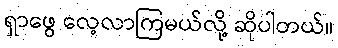
ရှာဖွေ လေ့လာကြမယ်လို့ ဆိုပါတယ်။